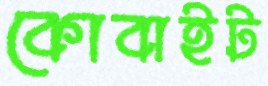
কোবাইট